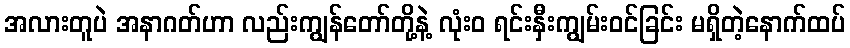
အလားတူပဲ အနာဂတ်ဟာ လည်းကျွန်တော်တို့နဲ့ လုံးဝ ရင်းနှီးကျွမ်းဝင်ခြင်း မရှိတဲ့နောက်ထပ်